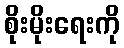
စိုးမိုးရေးကို